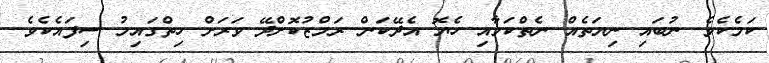
ކަމެކެވެ. ނުބައި ނިޔަތެއް ނެތްކަމާއި ހެޔޮ އެދޭކަން ރަމްޒުކޮށްދޭ ވަރަށް ހިތްގައިމު ސިފައެކެވެ.